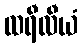
ထရီလီယံ